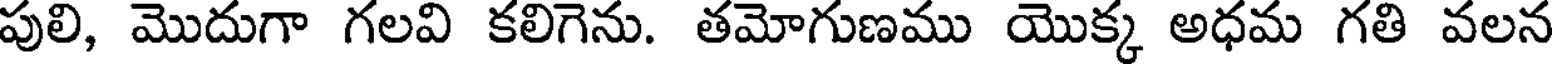
పులి, మొదుగా గలవి కలిగెను. తమోగుణము యొక్క అధమ గతి వలన